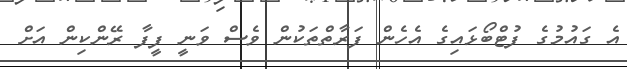
އެ ގައުމުގެ ފުޓްބޯޅައިގެ އެހެން ފަރާތްތަކުން ވެސް ވަނީ ފީފާ ރޭންކިން އަށް